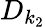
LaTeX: D_{k_{2}}